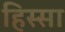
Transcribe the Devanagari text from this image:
हिस्सा